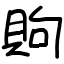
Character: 䝭